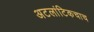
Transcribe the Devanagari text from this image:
अटलांटिकचाच